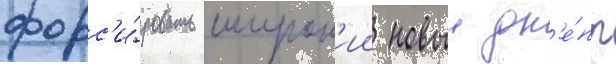
форс'и́ровать широк'ии новыи дн'е́пр